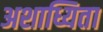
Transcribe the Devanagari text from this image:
अशाध्यिता